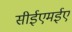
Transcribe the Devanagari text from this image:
सीईएमईए